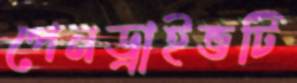
পেনড্রাইভটি